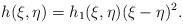
LaTeX: \begin{align*}h(\xi,\eta) = h_1(\xi,\eta)(\xi-\eta)^2.\end{align*}